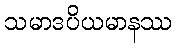
သမာဒပိယမာနဿ